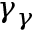
\gamma _ { \gamma }